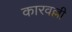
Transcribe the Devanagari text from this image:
कारवल्ली